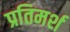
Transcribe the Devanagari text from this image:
प्रतिमर्श